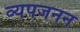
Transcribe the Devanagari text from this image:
व्‍यपजनन